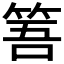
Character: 𥭠